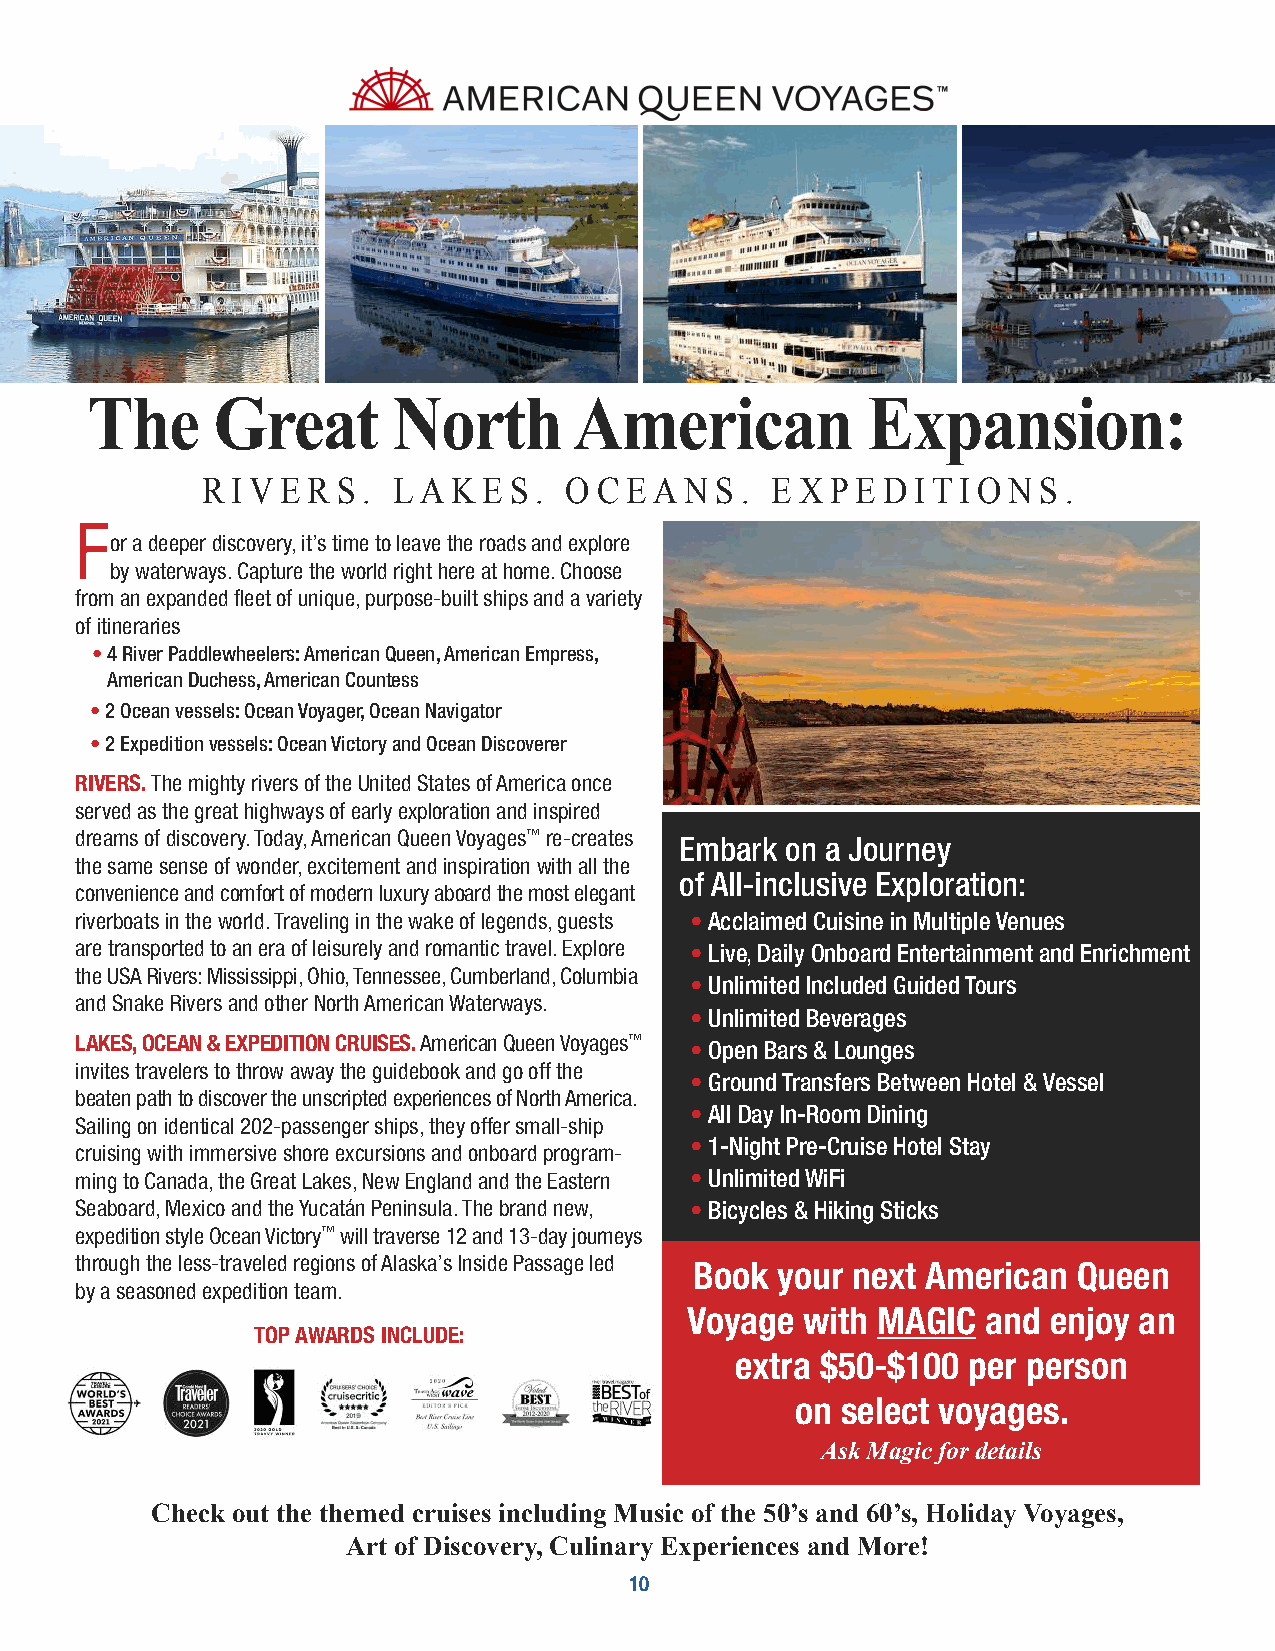
The     Great       North       American            Expansion:
 R i v e R s . L a k e s . O c e a n s . e x p e d i t i O n s .
 F
 or a deeper discovery, it’s time to leave the roads and explore
 by waterways. Capture the world right here at home. Choose
 from an expanded fleet of unique, purpose-built ships and a variety
 of itineraries
 •4 River Paddlewheelers: American Queen, American Empress,
 American Duchess, American Countess
 •2 Ocean vessels: Ocean Voyager, Ocean Navigator
 •2 Expedition vessels: Ocean Victory and Ocean Discoverer
 RIVERS.The mighty rivers of the United States of America once
 served as the great highways of early exploration and inspired
 dreams of discovery. Today, American Queen Voyages™re-creates Embark on a Journey
 the same sense of wonder, excitement and inspiration with all the
 of All-inclusive Exploration:
 convenience and comfort of modern luxury aboard the most elegant
 riverboats in the world. Traveling in the wake of legends, guests •Acclaimed Cuisine in Multiple Venues
 are transported to an era of leisurely and romantic travel. Explore •Live, Daily Onboard Entertainment and Enrichment
 the USA Rivers: Mississippi, Ohio, Tennessee, Cumberland, Columbia
 •Unlimited Included Guided Tours
 and Snake Rivers and other North American Waterways.
 •Unlimited Beverages
 LAKES, OCEAN & EXPEDITION CRUISES. American Queen Voyages™ •Open Bars & Lounges
 invites travelers to throw away the guidebook and go off the
 •Ground Transfers Between Hotel & Vessel
 beaten path to discover the unscripted experiences of North America.
 •All Day In-Room Dining
 Sailing on identical 202-passenger ships, they offer small-ship
 •1-Night Pre-Cruise Hotel Stay
 cruising with immersive shore excursions and onboard program-
 ming to Canada, the Great Lakes, New England and the Eastern •Unlimited WiFi
 Seaboard, Mexico and the Yucatán Peninsula. The brand new, •Bicycles & Hiking Sticks
 expedition style Ocean Victory™will traverse 12 and 13-day journeys
 through the less-traveled regions of Alaska’s Inside Passage led Book your next American Queen
 by a seasoned expedition team.
 Voyage with MAGIC  and  enjoy an
 TOP AWARDS INCLUDE:
 extra $50-$100 per person
 on select voyages.
 Ask Magic for details
 Check out the themed cruises including Music of the 50’s and 60’s, Holiday Voyages,
 Art of Discovery, Culinary Experiences and More!
 10